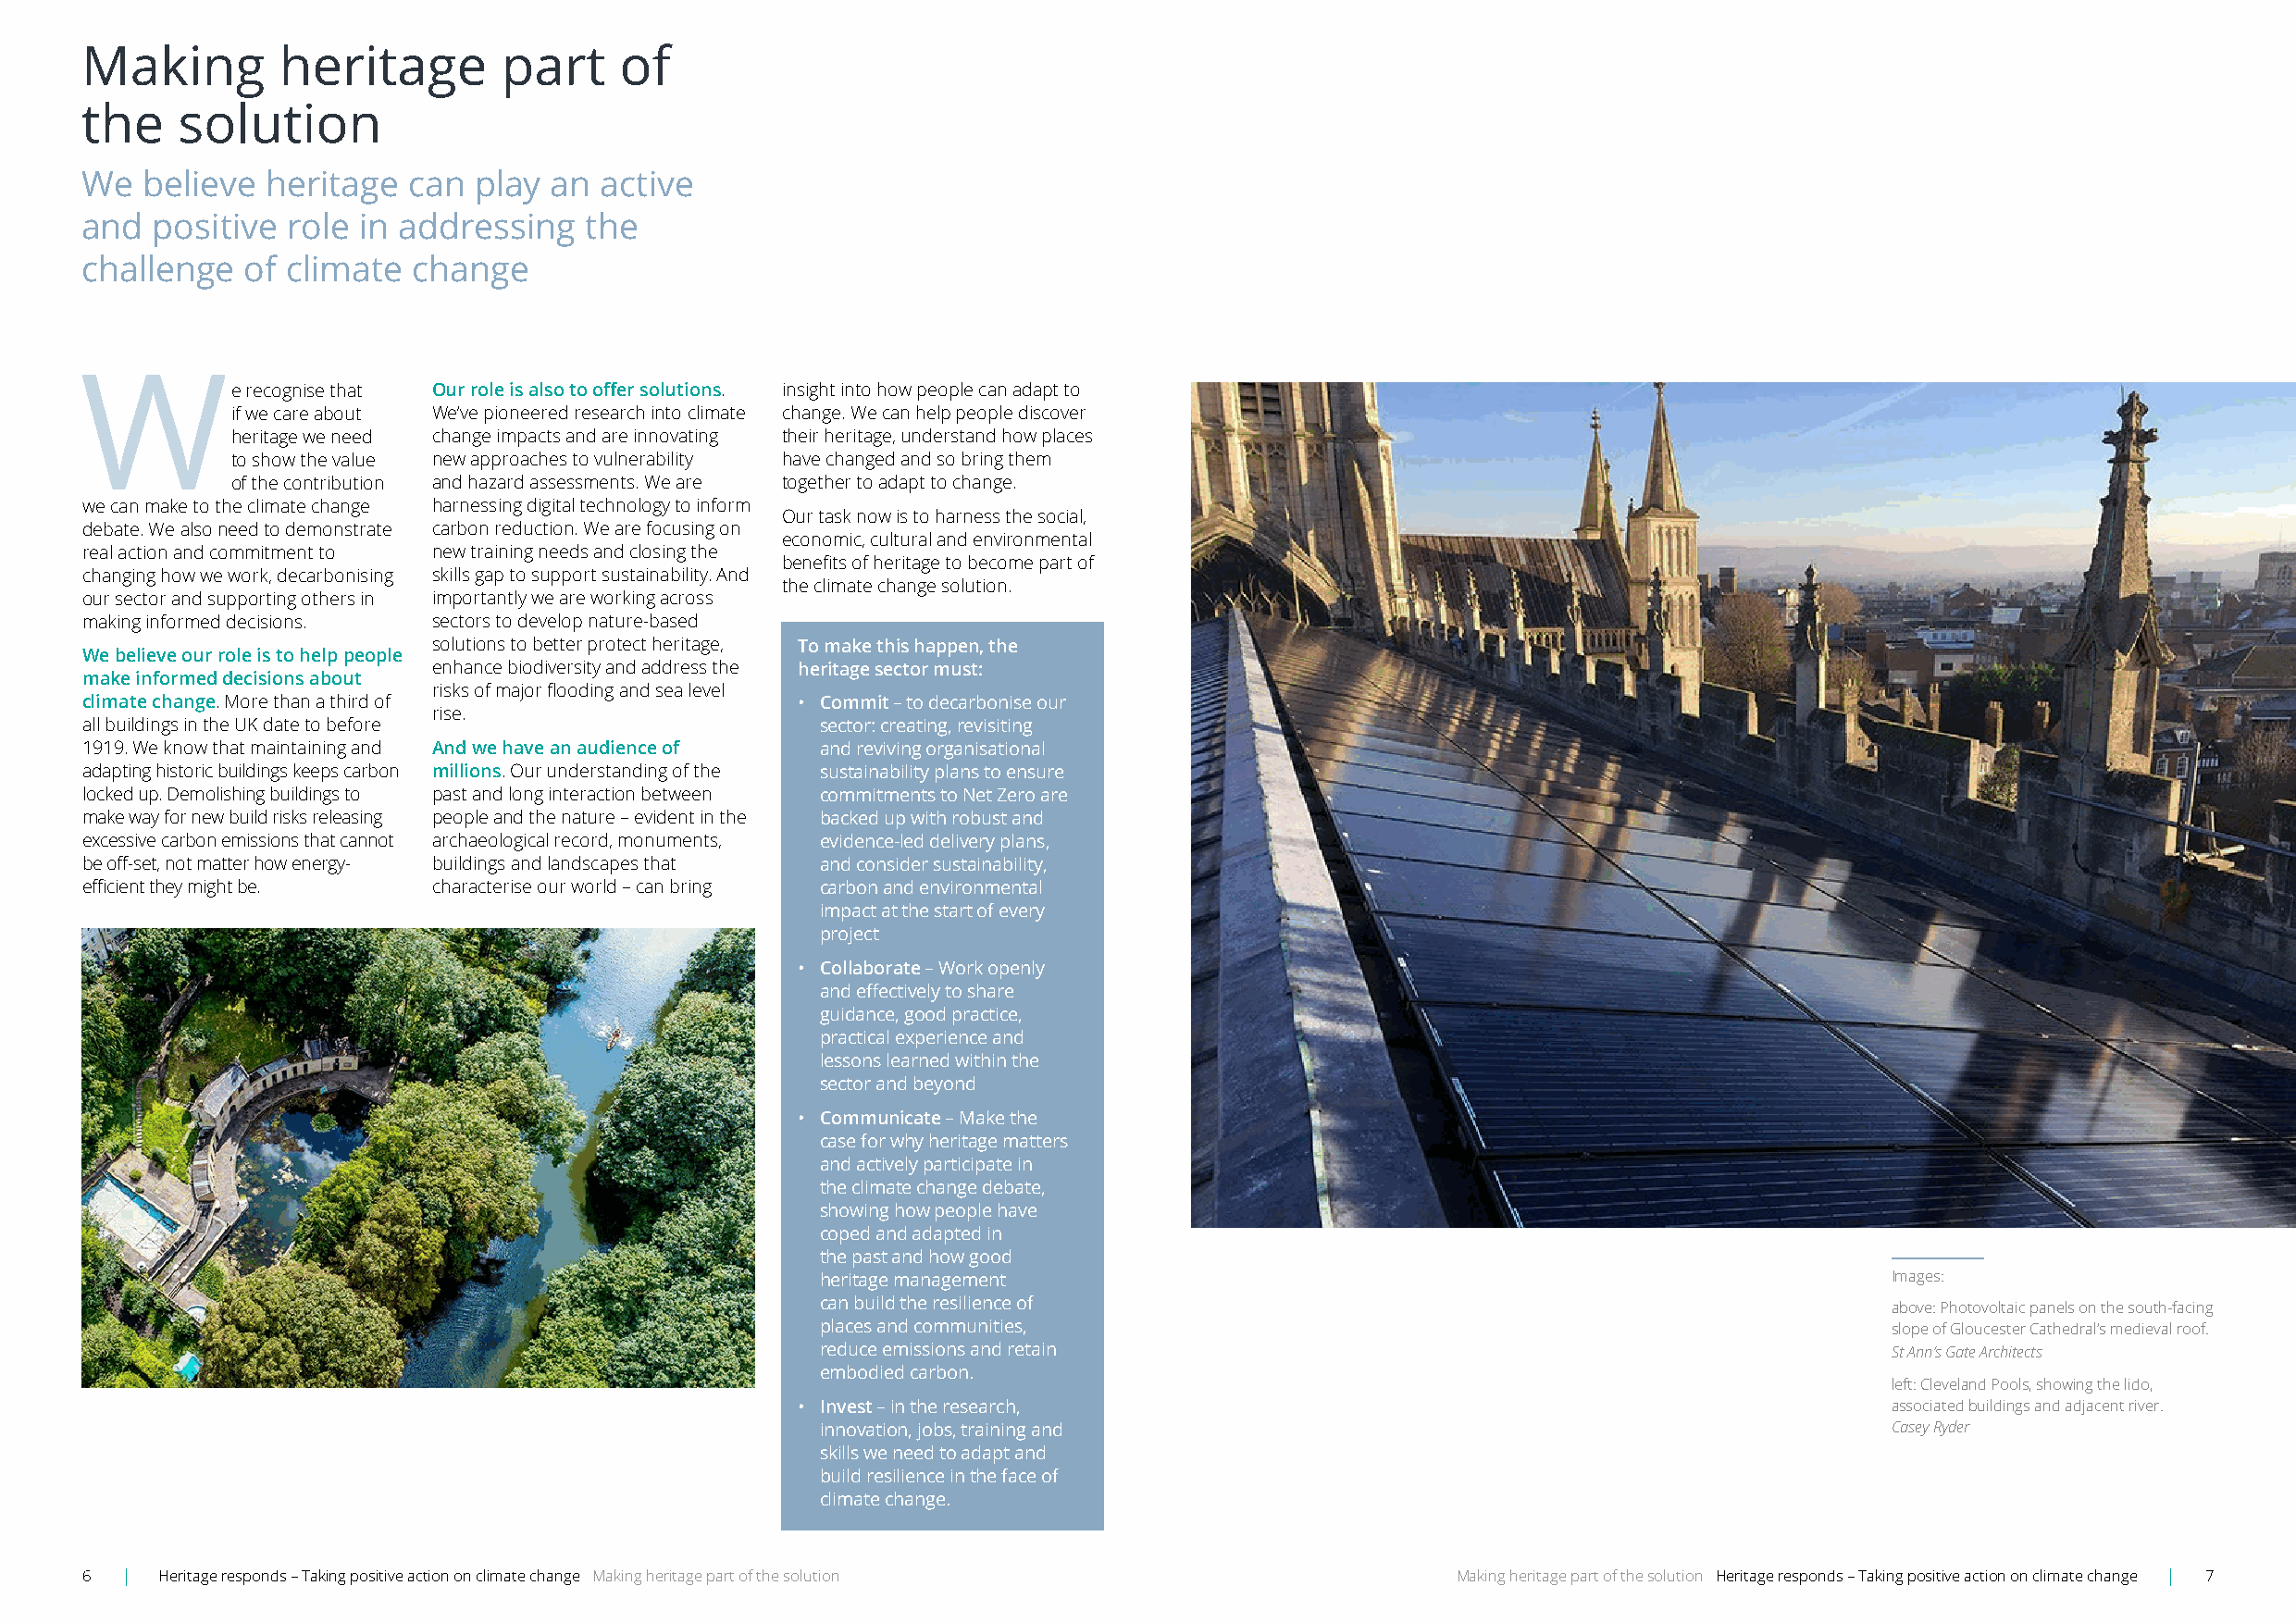
Making        heritage        part    of
 the    solution
 We  believe  heritage  can  play an  active
 and  positive  role in addressing   the
 challenge  of climate   change
 W
 e recognise that Our role is also to offer solutions . insight into how people can adapt to
 if we care about We’ve pioneered research into climate change . We can help people discover
 heritage we need change impacts and are innovating their heritage, understand how places
 to show the value new approaches to vulnerability have changed and so bring them
 of the contribution and hazard assessments . We are together to adapt to change .
 we can make to the climate change harnessing digital technology to inform
 Our task now is to harness the social,
 debate . We also need to demonstrate carbon reduction . We are focusing on
 economic, cultural and environmental
 real action and commitment to new training needs and closing the
 benefits of heritage to become part of
 changing how we work, decarbonising skills gap to support sustainability . And
 the climate change solution .
 our sector and supporting others in importantly we are working across
 making informed decisions . sectors to develop nature-based
 solutions to better protect heritage, To make this happen, the
 We believe our role is to help people
 enhance biodiversity and address the heritage sector must:
 make informed decisions about
 risks of major flooding and sea level
 climate change . More than a third of              • Commit – to decarbonise our
 rise .
 all buildings in the UK date to before               sector: creating, revisiting
 1919 . We know that maintaining and And we have an audience of and reviving organisational
 adapting historic buildings keeps carbon millions . Our understanding of the sustainability plans to ensure
 locked up . Demolishing buildings to past and long interaction between commitments to Net Zero are
 make way for new build risks releasing people and the nature – evident in the backed up with robust and
 excessive carbon emissions that cannot archaeological record, monuments, evidence-led delivery plans,
 be off-set, not matter how energy- buildings and landscapes that and consider sustainability,
 efficient they might be. characterise our world – can bring carbon and environmental
 impact at the start of every
 project
 • Collaborate – Work openly
 and effectively to share
 guidance, good practice,
 practical experience and
 lessons learned within the
 sector and beyond
 • Communicate – Make the
 case for why heritage matters
 and actively participate in
 the climate change debate,
 showing how people have
 coped and adapted in
 the past and how good
 heritage management                                                         Images:
 can build the resilience of
 above: Photovoltaic panels on the south-facing
 places and communities,                                                     slope of Gloucester Cathedral’s medieval roof .
 reduce emissions and retain                                                 St Ann’s Gate Architects
 embodied carbon .
 left: Cleveland Pools, showing the lido,
 • Invest – in the research,                                                   associated buildings and adjacent river .
 innovation, jobs, training and                                              Casey Ryder
 skills we need to adapt and
 build resilience in the face of
 climate change .
 6  | Heritage responds – Taking positive action on climate change Making heritage part of the solution Making heritage part of the solution Heritage responds – Taking positive action on climate change | 7